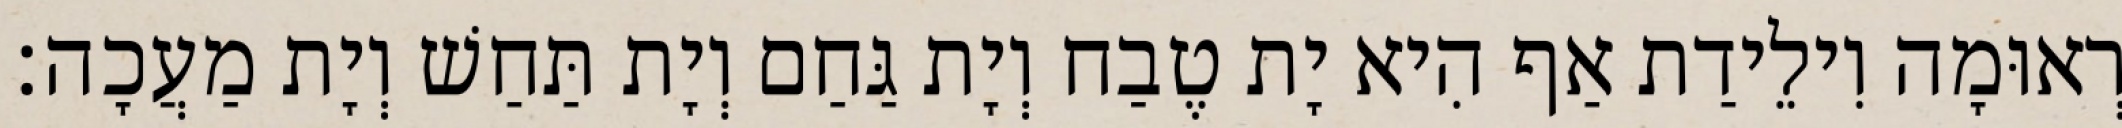
רְאוּמָה וִילֵידַת אַף הִיא יָת טֶבַח וְיָת גַּחַם וְיָת תַּחַשׁ וְיָת מַעֲכָה׃